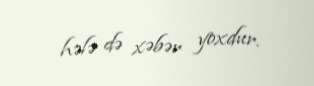
hələ də xəbər yoxdur.